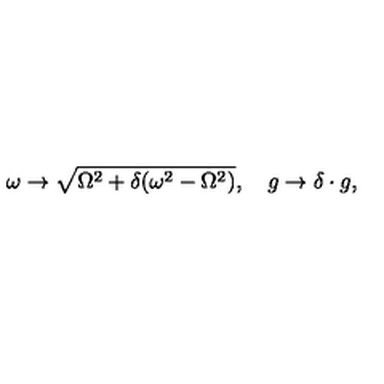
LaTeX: \omega \rightarrow \sqrt { \Omega ^ { 2 } + \delta ( \omega ^ { 2 } - \Omega ^ { 2 } ) } , \quad g \rightarrow \delta \cdot g ,